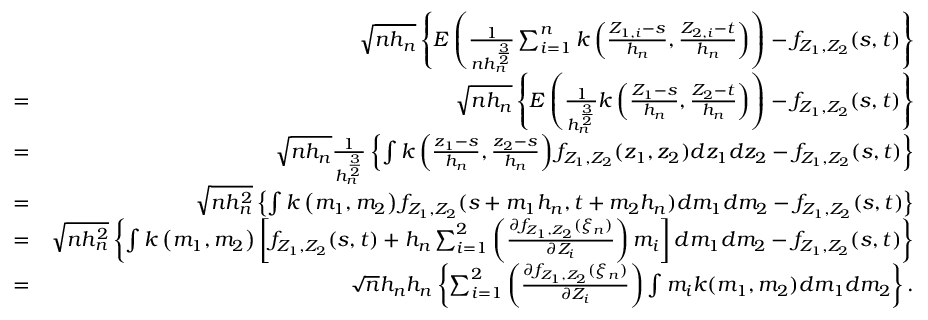
\begin{array} { r l r } & { } & { \sqrt { n h _ { n } } \left\{ E \left( \frac { 1 } { n h _ { n } ^ { \frac { 3 } { 2 } } } \sum _ { i = 1 } ^ { n } k \left( \frac { Z _ { 1 , i } - s } { h _ { n } } , \frac { Z _ { 2 , i } - t } { h _ { n } } \right) \right) - f _ { Z _ { 1 } , Z _ { 2 } } ( s , t ) \right\} } \\ & { = } & { \sqrt { n h _ { n } } \left\{ E \left( \frac { 1 } { h _ { n } ^ { \frac { 3 } { 2 } } } k \left( \frac { Z _ { 1 } - s } { h _ { n } } , \frac { Z _ { 2 } - t } { h _ { n } } \right) \right) - f _ { Z _ { 1 } , Z _ { 2 } } ( s , t ) \right\} } \\ & { = } & { \sqrt { n h _ { n } } \frac { 1 } { h _ { n } ^ { \frac { 3 } { 2 } } } \left\{ \int k \left( \frac { z _ { 1 } - s } { h _ { n } } , \frac { z _ { 2 } - s } { h _ { n } } \right) f _ { Z _ { 1 } , Z _ { 2 } } ( z _ { 1 } , z _ { 2 } ) d z _ { 1 } d z _ { 2 } - f _ { Z _ { 1 } , Z _ { 2 } } ( s , t ) \right\} } \\ & { = } & { \sqrt { n h _ { n } ^ { 2 } } \left\{ \int k \left( m _ { 1 } , m _ { 2 } \right) f _ { Z _ { 1 } , Z _ { 2 } } ( s + m _ { 1 } h _ { n } , t + m _ { 2 } h _ { n } ) d m _ { 1 } d m _ { 2 } - f _ { Z _ { 1 } , Z _ { 2 } } ( s , t ) \right\} } \\ & { = } & { \sqrt { n h _ { n } ^ { 2 } } \left\{ \int k \left( m _ { 1 } , m _ { 2 } \right) \left[ f _ { Z _ { 1 } , Z _ { 2 } } ( s , t ) + h _ { n } \sum _ { i = 1 } ^ { 2 } \left( \frac { \partial f _ { Z _ { 1 } , Z _ { 2 } } ( \xi _ { n } ) } { \partial Z _ { i } } \right) m _ { i } \right] d m _ { 1 } d m _ { 2 } - f _ { Z _ { 1 } , Z _ { 2 } } ( s , t ) \right\} } \\ & { = } & { \sqrt { n } h _ { n } h _ { n } \left\{ \sum _ { i = 1 } ^ { 2 } \left( \frac { \partial f _ { Z _ { 1 } , Z _ { 2 } } ( \xi _ { n } ) } { \partial Z _ { i } } \right) \int m _ { i } k ( m _ { 1 } , m _ { 2 } ) d m _ { 1 } d m _ { 2 } \right\} . } \end{array}